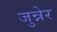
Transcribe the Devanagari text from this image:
जुन्नेर